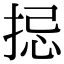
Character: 𢭄